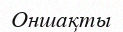
Оншақты